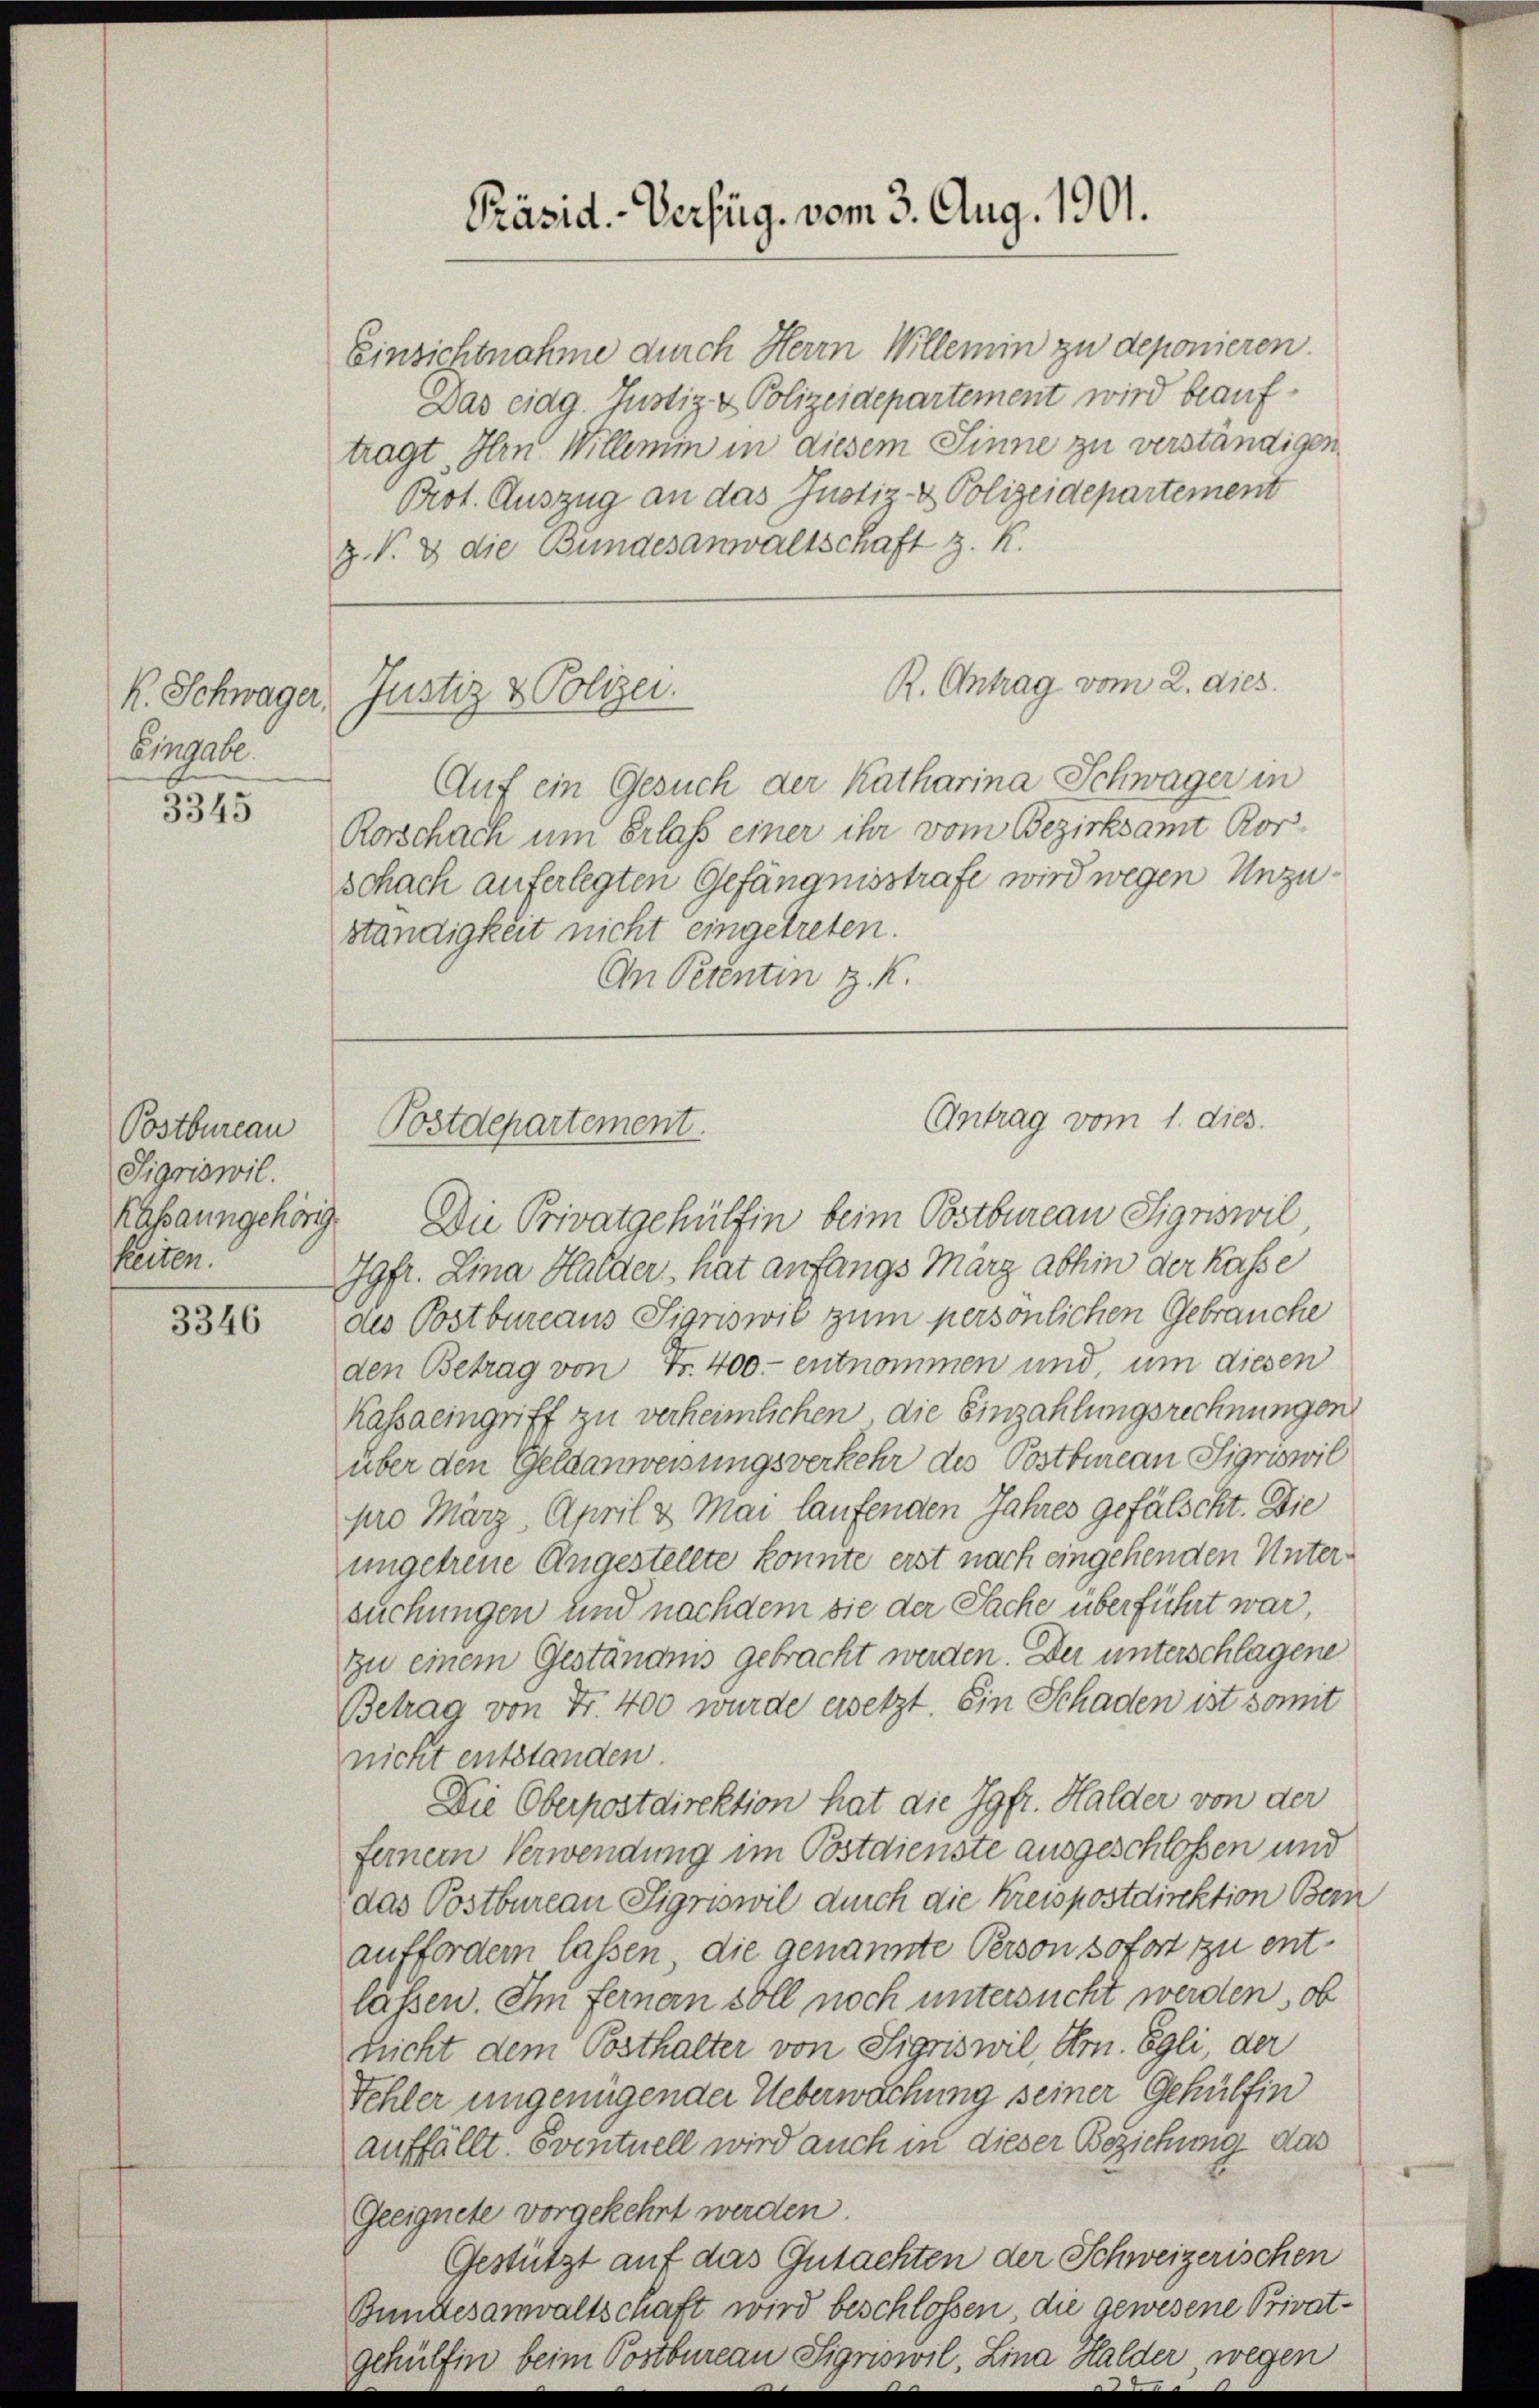
Eingabe.
3345

Postbureau
Sigriswil.
keiten.

3346

Einsichtnahme durch Herrn Willemin zu deponieren
Das eidg. Justiz & Polizeidepartement wird beauftragt, Hrn. Willemm in diesem Sinne zu verständigen,
Prot. Auszug an das Justiz- & Polizeidepartement
z. V. 3 die Bundesanwaltschaft z. R.
R. Antrag vom 2. dies
k. Schwager, Justiz & Polizei.
Auf ein Gesuch der Katharina Schwager in
Rorschach um Erlass einer ihr vom Bezirksamt Rorschach auferlegten Gefängnisstrafe wird wegen Unzuständigkeit nicht eingetreten.
An Petentin z. K.

Präsid. - Verfüg. vom 3. Aug. 1901.

Kassaungehörig. Die Privatgehülfen beim Postbureau Sigriswil,
Jgfr. Lina Halder, hat anfangs März abhin der Kasse
des Postbureaus Sigriswit zum persönlichen Gebrauche
den Betrag von Fr. 400. entnommen und, um diesen
Kassaeingriff zu verheimlichen die Einzahlungsrechnungen
über den Geldanweisungsverkehr des Postbureau Sigriswil
pro März, April & Mai laufenden Jahres gefälscht. Die
ungetreue Angestellte konnte erst nach eingehenden Untersuchungen und nachdem sie der Sache überführt war,
zu einem Geständnis gebracht werden. Der unterschlagene
Betrag von Fr. 400 wurde ersetzt. Ein Schaden ist somit
nicht entstanden.
Die Oberpostdirektion hat die Jgfr. Halder von der
feinem Verwendung im Postdienste ausgeschlossen und
das Postbureau Sigriswil durch die Kreispostdirektion Bern
auffordern lassen, die genannte Person sofort zu entlaßen. Im ferner soll noch untersucht werden, ob
nicht dem Posthalter von Sigriswil, Hr. Egli, der
Fehler ungenügender Ueberwachung seiner Gehülfen
auffällt. Eventuell wird auch in dieser Beziehung das
Geeignete vorgekehrt werden.
Gestützt auf das Gutachten der Schweizerischen
Bundesanwaltschaft wird beschlossen die gewesene Privat¬
Halder, wegen
im Postbureau Sigriswil,

Antrag vom 1. dies.
Postdepartement